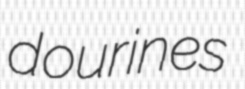
dourines